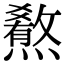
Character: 𤐳